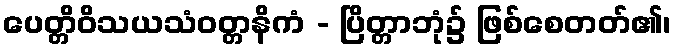
ပေတ္တိဝိသယသံဝတ္တနိကံ - ပြိတ္တာဘုံ၌ ဖြစ်စေတတ်၏၊